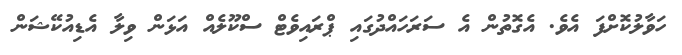
ހަވާލުކޮށްފަ އެވެ. އެގޮތުން އެ ސަރަަހައްދުގައި ޕްރައިވެޓް ސްކޫލެއް އަޅަން ވިލާ އެޑިއުކޭޝަން